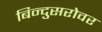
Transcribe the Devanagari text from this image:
बिन्दुसरोवर